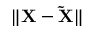
\lVert \bf { X } - \tilde { \bf { X } } \rVert